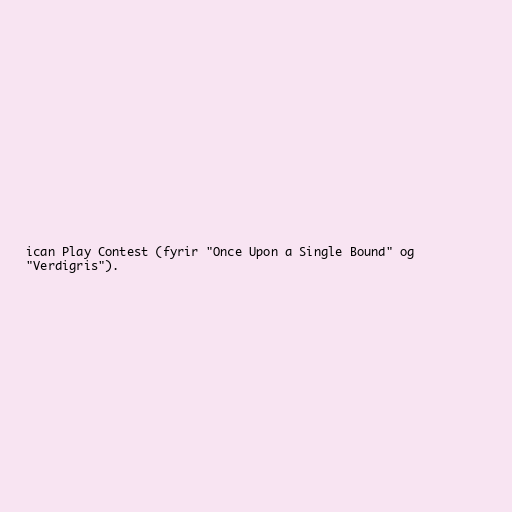
ican Play Contest (fyrir "Once Upon a Single Bound" og
"Verdigris").